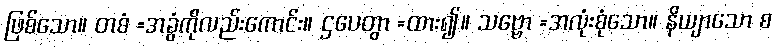
ဖြစ်သော။ တစံ =အခွံကိုလည်းကောင်း။ ဌပေတွာ =ထား၍။ သဗ္ဗော =အလုံးစုံသော။ နိယျာသော စ